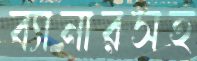
ব্যানারসহ